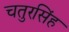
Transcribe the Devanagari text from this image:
चतुरसिंह